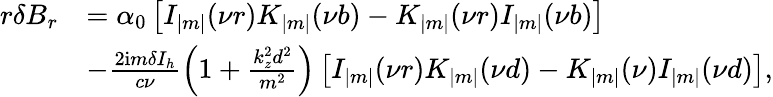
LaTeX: \begin{array}{r}{\begin{array}{rl}{r\delta B_{r}}&{=\alpha_{0}\left[I_{|m|}(\nu r)K_{|m|}(\nu b)-K_{|m|}(\nu r)I_{|m|}(\nu b)\right]}\\ &{-\frac{2\mathrm{i}m\delta I_{h}}{c\nu}\left(1+\frac{k_{z}^{2}d^{2}}{m^{2}}\right)\left[I_{|m|}(\nu r)K_{|m|}(\nu d)-K_{|m|}(\nu)I_{|m|}(\nu d)\right],}\end{array}}\end{array}